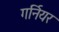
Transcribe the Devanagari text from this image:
गर्नियर